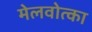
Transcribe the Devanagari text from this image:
मेलवोत्का